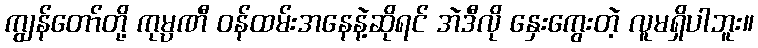
ကျွန်တော်တို့ ကုမ္ပဏီ ဝန်ထမ်းအနေနဲ့ဆိုရင် အဲဒီလို နှေးကွေးတဲ့ လူမရှိပါဘူး။